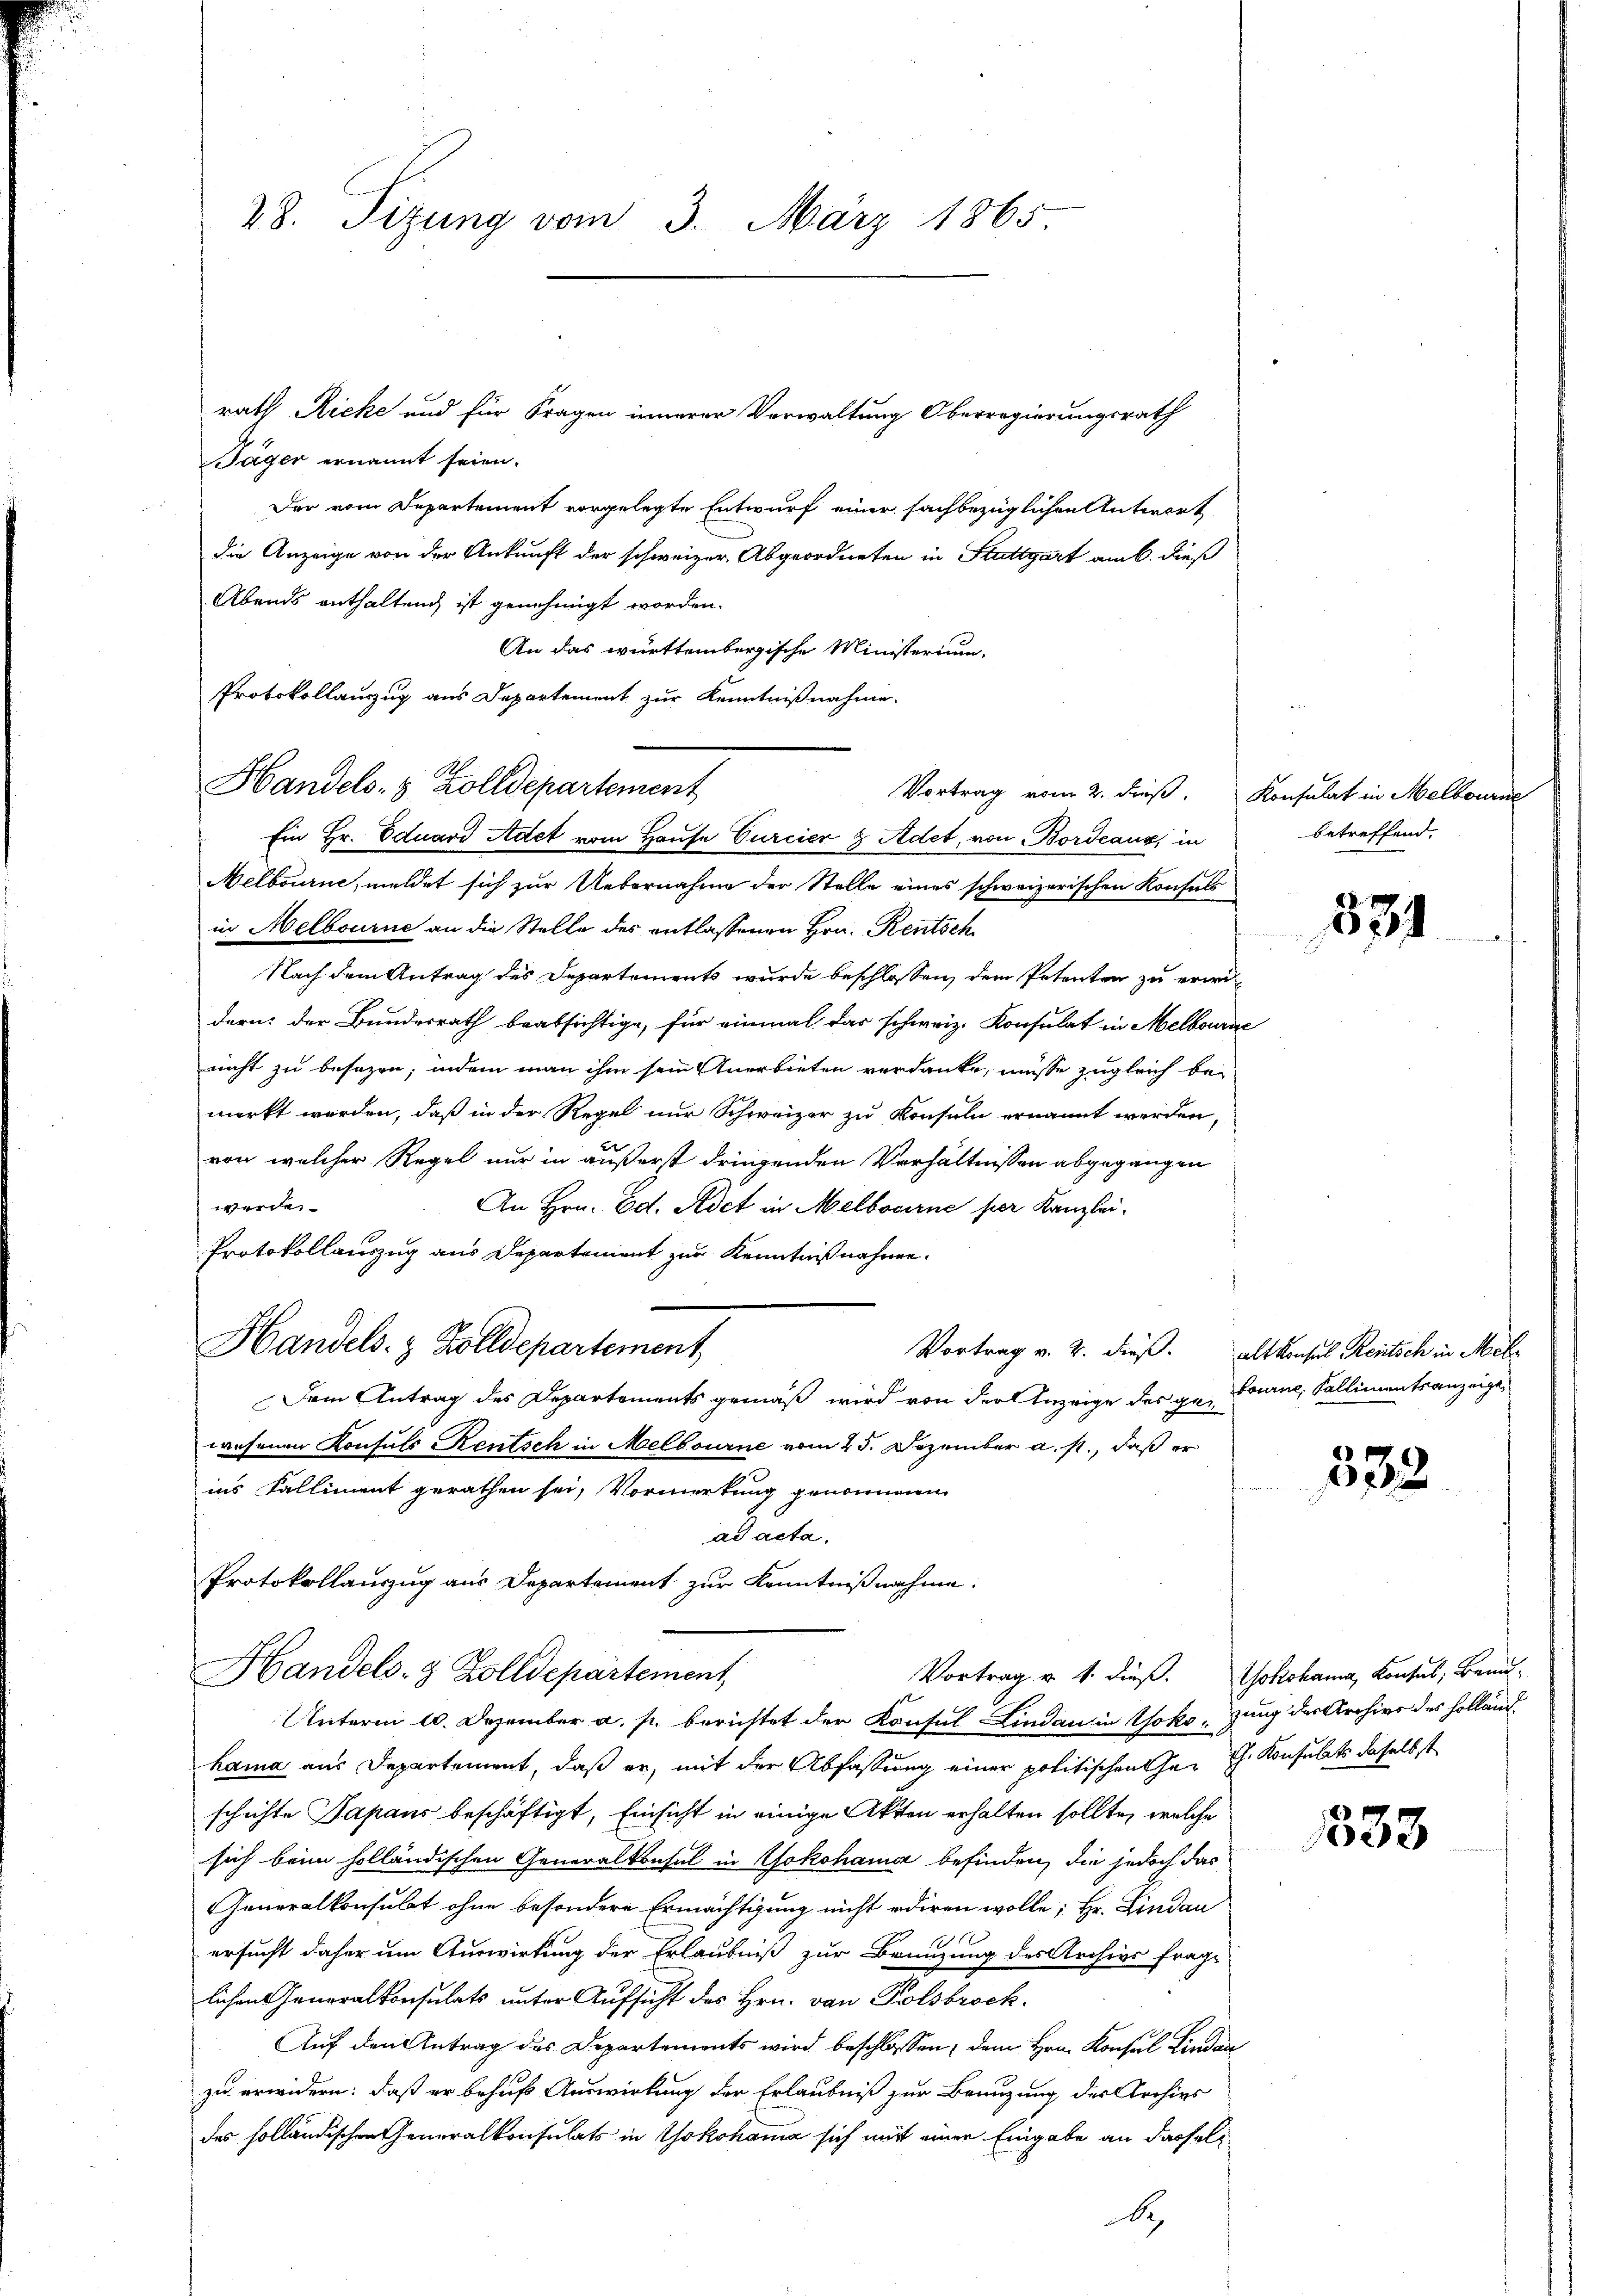
rath Ricke und für Fragen innerer Verwaltung Oberregierungsrath
Jäger ernannt seien.
Der vom Departement vorgelegte Entwurf einer sachbezüglichen Antwort
die Anzeige von der Ankunft der schweizer Abgeordneten in Stuttgart am 6. dieß
Abends enthaltend ist genehmigt worden.
An das württembergische Ministerium,
Protokollanzug aus Departement zur Kenntnißnahme.
Vortrag vom 2. dieß. Konsulat in Melbourne
Ein Hr. Eduard Adet vom Hause Curcier & Adet, von Bordeaux, in
Melbourne, meldet sich zur Uebernahme der Stelle eines schweizerischen Konsuls
in Melbourne an die Stelle des entlassenen Hrn. Rentsch
Nach dem Antrag des Departements wurde beschlossen, dem Petenten zu erwe
dern: der Bundesrath beabsichtige, für einmal das schweiz. Konsulat in Melbourse
nicht zu besagen; indem man ihm sein Anerbieten verdanke, müsse zugleich bei
merkt werden, daß in der Regel nur Schweizer zu Konsuln ernannt werden,
von welcher Regel nur in äußerst dringenden Verhältnissen abgegangen
werden.
An Hrn. Ed. Adet in Melborne per Kanzlei.
¬
Protokollauszug aus Departement zur Kenntnißnahme.
Handels- & Zolldepartement
Vortrag v. 2. dieß. Alt Konsul Rentsch in Meh
Dem Antrag des Departements gemäß wird von der Anzeige des ge- Ganz, Kallimentsanzeige
wesenen Konsuls Rentsch in Melbourne vom 25. Dezember a. p., daß er
ins Falliment gerathen sei, Vormerkung genommen
ad acta.
Protokollauszug aus Departement zur Kenntnißnahme.

28. Sizung vom 3. März 1865

Handels- 5 Zolldepartement

Handels- & Zolldepartement,

Unterm 10. Dezember a. p. berichtet der Konsul Lindau in Yokozung der Archivs des Hollauf
hama aus Departement, daß er, mit der Abfassung einer politischen her h. Konsulats daselbst
schichte Japans beschäftigt, Einsicht in einige Akten erhalten sollte, welche
sich beim holländischen Generalkonsul in Yokohama befinden, die jedoch das
Generalkonsulat ohne besondere Ermächtigung nicht oderen wolle; Hr. Lindau
ersucht daher um Auswirkung der Erlaubniß zur Brünzung des Archivs frage
lichen Generalkonsulats unter Aufsicht des Hrn. von Polsbrock
Auf den Antrag des Departements wird beschlossen, dem Hrn. Konsul Lindau
zu erwidern: daß er behuf Auswirkung der Erlaubniß zur Benuzung der Archivs
des holländischen Generalkonsulats in Yokohama sich mit einer Eingabe an dasselb

betreffend.

831

533

Vortrag v. 1. dieß. Yokohama, Konsul, Brand-

333